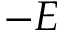
- E